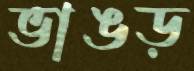
ভাঙড়